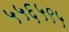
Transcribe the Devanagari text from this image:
५५६५९५